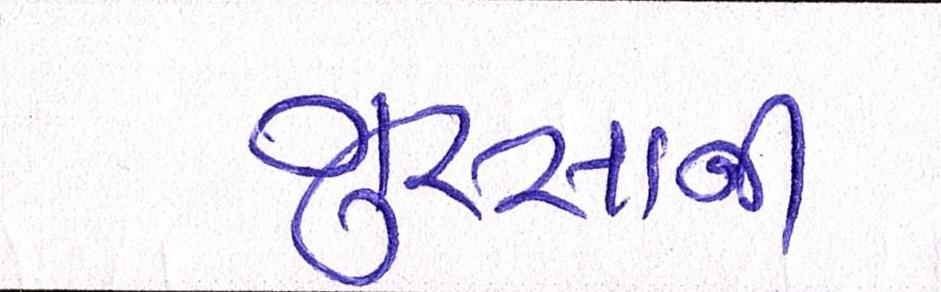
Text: ગુસ્સાની